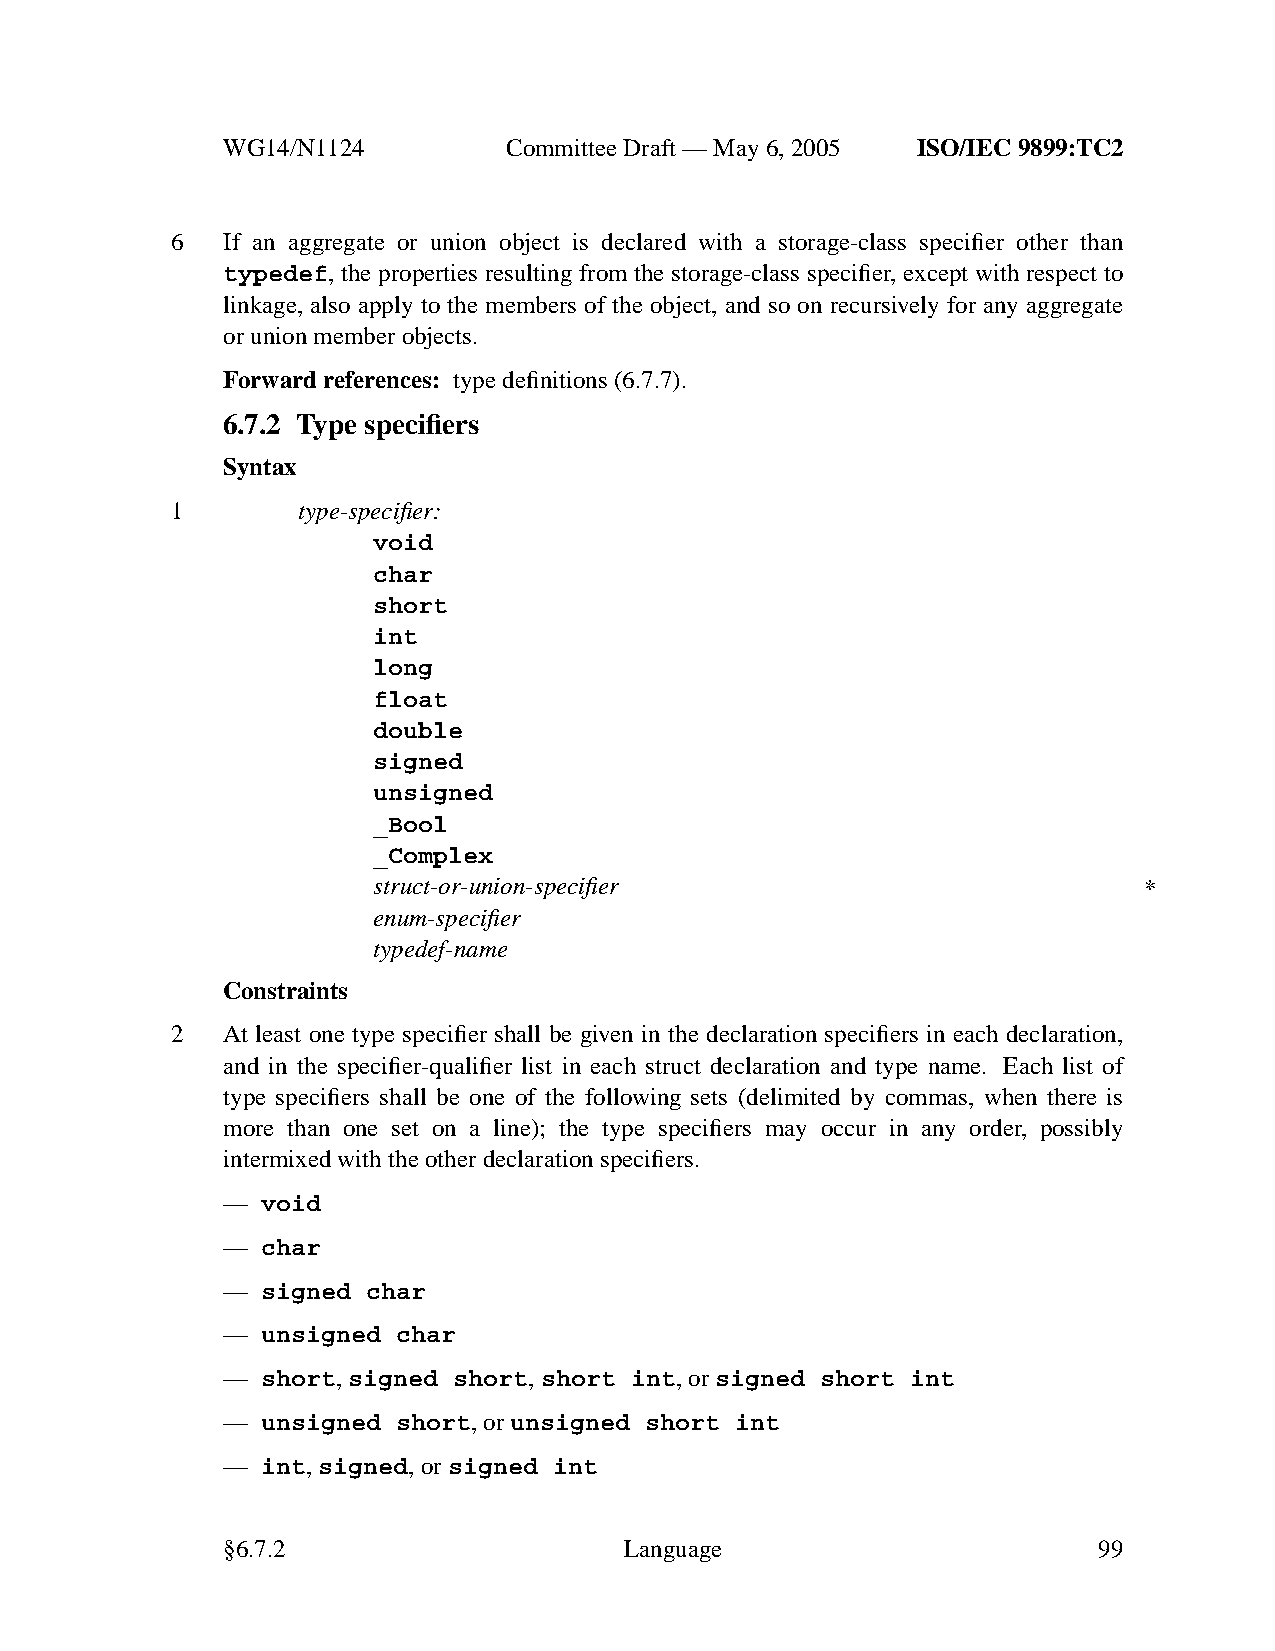
WG14/N1124        CommitteeDraft — May 6, 2005 ISO/IEC 9899:TC2
 6   If an aggregate or union object is declared with a storage-class specifier other than
 typedef, the properties resulting from the storage-class specifier, except with respect to
 linkage, also apply to the members of the object, and so on recursively for any aggregate
 or union member objects.
 Forward references: type definitions (6.7.7).
 6.7.2 Type specifiers
 Syntax
 1        type-specifier:
 void
 char
 short
 int
 long
 float
 double
 signed
 unsigned
 _Bool
 _Complex
 struct-or-union-specifier                          ∗
 enum-specifier
 typedef-name
 Constraints
 2   At least one type specifier shall be given in the declaration specifiers in each declaration,
 and in the specifier-qualifier list in each struct declaration and type name. Each list of
 type specifiers shall be one of the following sets (delimited by commas, when there is
 more than one set on a line); the type specifiers may occur in any order, possibly
 intermixed with the other declaration specifiers.
 — void
 — char
 — signed char
 — unsigned char
 — short,signed short,short int,orsigned short int
 — unsigned short,orunsigned short int
 — int,signed,orsigned int
 §6.7.2                    Language                        99